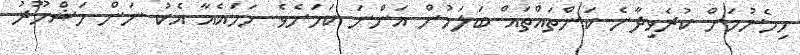
ހިމެނުމަށް ކުރެވިދާނެ ކަންތައްތައް ބަލަމުން އަންނަ ކަމަށެވެ. ހަމައެއާ އެކު ނަން މަޝްހޫރު